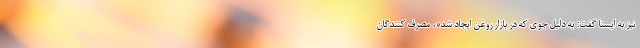
نیز به ایسنا گفت: به دلیل جوی که در بازار روغن ایجاد شده، مصرف کنندگان